Report on horse surra - Volume II, Part II
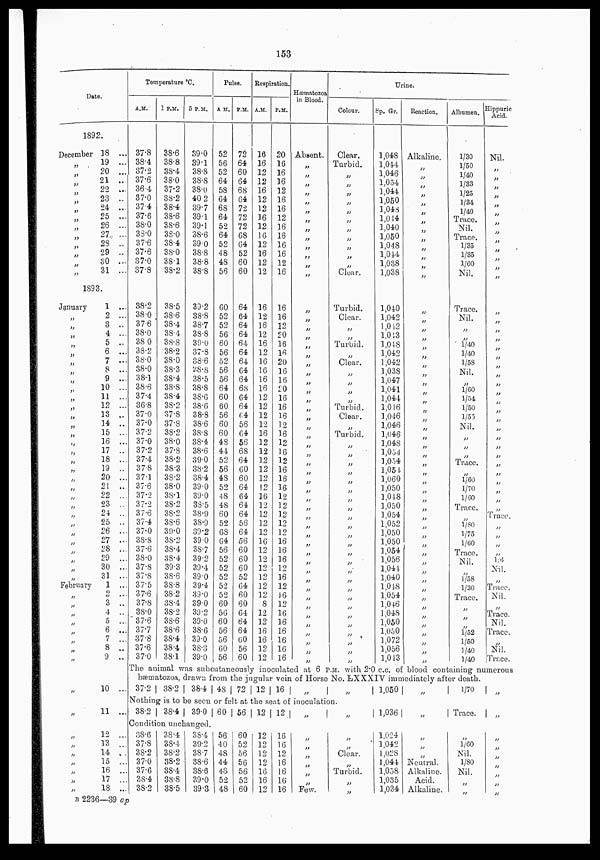
153
Date.
1892.
December
„
„
„
„
„
„
„
„
„
„
„
„
„
18 ...
19 ...
20 ...
21 ...
22 ...
23 ...
24 ...
25 ...
26 ...
27 ...
28 ...
29 ...
30 ...
31 ...
1893.
January
„
„
„
„
„
„
„
„
„
„
„
„
„
„
„
„
„
„
„
„
„
„
„
„
„
„
„
„
„
„
February
„
„
„
„
„
„
„
„
„
„
„
„
„
„
„
„
„
„
„
„
1 ...
2 ...
3 ...
4 ...
5 ...
6 ...
7 ...
8 ...
9 ...
10 ...
11 ...
12 ...
13 ...
14 ...
15 ...
16 ...
17 ...
18 ...
19 ...
20 ...
21 ...
22 ...
23 ...
24 ...
25 ...
26 ...
27
...
28 ....
29 ....
30 .. .
31 ...
1 ...
2 ...
3 ...
4 ...
5 ...
6 ...
7 ...
8 ...
9 ...
10 ...
11 ...
12 ...
13 ...
14 ...
15 ...
16 ...
17 ...
18 ...
Temperature °C.
A.M.
37.8
38.4
37.2
37.6
36.4
37.0
37.4
37.6
38.0
38.0
37.6
37.6
37.0
37.8
38.2
38.0
37.6
38.0
38.0
38.2
38.0
38.0
38.1
38.6
37.4
36.8
37.0
37.0
37.2
37.0
37.2
37.4
37.8
37.1
37.6
37.2
37.2
37.6
37.4
37.0
38.8
37.6
38.0
37.8
37.8
37.5
37.6
37.8
38.0
37.6
37.7
37.8
37.6
37.0
1 P.M.
38.6
38.8
38.4
38.0
37.2
38.2
38.4
38.6
38.6
38.0
38.4
38.0
38.1
38.2
38.5
38.6
38.4
38.4
38.8
38.2
38.0
38.3
38.4
38.8
38.4
38.2
37.8
37.8
38.2
38.0
37.8
38.2
38.3
38.2
38.0
38.1
38.2
38.2
38.6
39.0
38.2
38.4
38.4
39.3
38.6
38.8
38.2
38.4
38.2
38.6
38.6
38.4
38.4
38.1
5 P.M.
39.0
39.1
38.8
38.8
38.0
40.2
39.7
39.1
39.1
38.6
39.0
38.8
38.8
38.8
39.2
38.8
38.7
38.8
39.0
37.8
38.6
38.8
38.5
38.8
38.6
38.6
38.8
38.6
38.8
38.4
38.6
39.0
38.2
38.4
39.0
39.0
38.5
38.9
38.9
39.2
39.0
38.7
39.2
39.4
39.0
39.4
39.0
39.0
39.2
39.0
38.6
39.0
38.3
39.0
Pulse.
A M.
52
56
52
64
58
64
68
64
52
64
52
48
48
56
60
52
52
56
60
56
52
56
56
64
60
60
56
60
60
48
44
52
56
48
52
48
48
60
52
68
64
56
52
52
52
52
52
60
56
60
56
56
60
56
P.M.
72
64
60
64
68
64
72
72
72
68
64
52
60
60
64
64
64
64
64
64
64
64
64
68
64
64
64
56
64
56
68
64
60
60
64
64
64
64
56
64
56
60
60
60
52
64
60
60
64
64
64
60
56
60
Respiration.
A.M.
16
16
12
12
16
12
12
16
12
16
12
16
12
12
16
12
16
12
16
12
16
16
16
16
12
12
12
12
16
12
12
12
12
12
12
16
12
12
12
12
16
12
12
12
12
12
12
8
12
12
16
16
12
12
P.M.
20
16
16
16
12
16
16
12
16
16
16
16
12
16
16
16
12
20
16
16
20
16
16
20
16
16
16
12
16
12
16
12
16
16
16
12
12
12
12
12
16
16
16
12
16
12
16
12
16
16
16
16
16
16
Hæmtozoa
in Blood.
Abaent.
„
„
„
„
„
„
„
„
„
„
„
„
„
„
„
„
„
„
„
„
„
„
„
„
„
„
„
„
„
„
„
„
„
„
„
„
„
„
„
„
„
„
„
„
„
„
„
„
„
„
„
„
Colour.
Clear.
Turbid.
„
„
„
„
„
„
„
„
„
„
„
Clear.
Turbid.
Clear.
„
„
Turbid.
„
Clear.
„
„
„
„
Turbid.
Clear.
„
Turbid.
„
„
„
„
„
„
„
„
„
„
„
„
„
„
„
„
„
„
„
„
„
„
„
„
„
Urine.
Sp. Gr.
1,048
1,044
1,046
1,054
1,044
1,050
1,048
1,044
1,040
1,050
1,048
1,044
1,038
1,038
1,040
1,042
1,042
1,043
1,048
1,042
1,042
1,038
1,047
1,041
1,044
1,046
1,046
1,046
1,046
1,048
1,054
1,054
1,054
1,060
1,050
1,048
1,050
1,054
1,052
1,050
1,050
1,054
1,056
1,044
1,040
1,048
1,054
1,046
1,048
1,050
1,050
1,072
1,056
1,043
Reaction.
Alkaline.
„
„
„
„
„
„
„
„
„
„
„
„
„
„
„
„
„
„
„
„
„
„
„
„
„
„
„
„
„
„
„
„
„
„
„
„
„
„
„
„
„
„
„
„
„
„
„
„
„
„
„
„
„
Albumen.
1/30
1/50
1/40
1/33
1/25
1/34
1/40
Trace.
Nil.
Trace.
1/35
1/35
1/60
Nil.
Trace.
Nil.
„
„
1/40
1/40
1/58
Nil.
„
1/60
1/54
1/50
1/55
Nil.
„
„
„
Trace.
„
1/60
1/70
1/60
Trace.
„
1/80
1/75
1/60
Trace.
Nil.
„
1/58
1/30
Trace.
„
„
„
1/52
1/50
1/40
1/40
Hippuric
Acid.
Nil.
„
„
„
„
„
„
„
„
„
„
„
„
„
„
„
„
„
„
„
„
„
„
„
„
„
„
„
„
„
„
„
„
„
„
„
„
Trace.
„
„
„
„
1/6
Nil.
„
Trace.
Nil.
„
Trace.
Nil.
Trace.
„
Nil.
Trace.
The animal was subcutaneously inoculated at 6 P.M. with 2.0 c.c. of blood containing numerous
hæmatozoa, drawn from the jugular vein of Horse No. LXXXIV immediately after death.
37.2
38.2
38.4 48
72 12 16 „
„
Nothing is to be seen or felt at the seat of inoculation.
38.2
38.4
39.0
Condition unchanged
38.6
37.8
38.2
37.0
37.6
38.4
38.2
38.4
38.4
38.2
38.2
38.4
38.8
38.5
38.4
39.2
38.7
38.6
38.6
39.0
39.3
60
56
40
48
44
48
52
48
56
60
52
56
56
56
52
60
12
12
12
12
12
16
16
12
12
16
16
12
16
16
16
16
„
„
„
„
„
„
„
Few.
„
„
„
Clear.
„
Turbid.
„
„
1,050
1,036
1,024
1,042
1,028
1,044
1,058
1,035
1,034
„
„
„
„
„
Neutral.
Alkaline.
Acid.
Alkaline.
1/70
Trace.
„
1/60
Nil.
1/80
Nil.
„
„
„
„
„
„
„
„
„
„
„
B 2236—39 ap